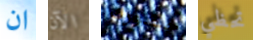
ان الآن حضورك تحظي